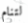
لتنام